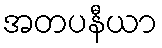
အတပနီယာ